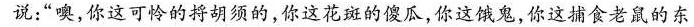
说：”噢，你这可怜的将胡须的，你这花斑的傻瓜，你这饿鬼，你这捕食老鼠的东